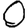
Digit: 0